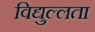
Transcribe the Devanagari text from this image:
विद्युल्लता